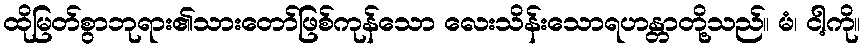
ထိုမြတ်စွာဘုရား၏သားတော်ဖြစ်ကုန်သော လေးသိန်းသောရဟန္တာတို့သည်။ မံ၊ ငါ့ကို။